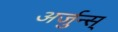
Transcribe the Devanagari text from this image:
अर्जुन्स्